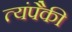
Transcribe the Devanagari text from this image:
त्यंपैकी